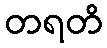
တရတိ